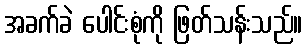
အခက်ခဲ ပေါင်းစုံကို ဖြတ်သန်းသည်။